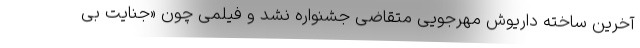
آخرین ساخته داریوش مهرجویی متقاضی جشنواره نشد و فیلمی چون «جنایت بی